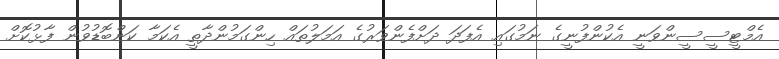
އެމްޓީސީސީންވަނީ އެކުންފުނީގެ ނަމުގައި އެފަދަ ދަށްފެންވަރުގެ އަމަލުތައް ހިންގަމުންދާތީ އެކަމާ ކަންބޮޑުވުން ފާޅުކޮށް